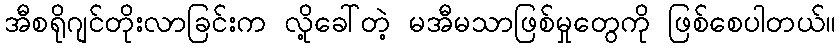
အီစရိုဂျင်တိုးလာခြင်းက လို့ခေါ်တဲ့ မအီမသာဖြစ်မှုတွေကို ဖြစ်စေပါတယ်။